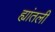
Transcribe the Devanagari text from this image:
ह्यांतली